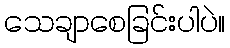
သေချာစေခြင်းပါပဲ။